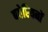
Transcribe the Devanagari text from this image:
बवेरियनों